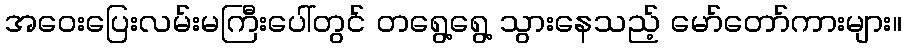
အဝေးပြေးလမ်းမကြီးပေါ်တွင် တရွေ့ရွေ့ သွားနေသည့် မော်တော်ကားများ။